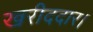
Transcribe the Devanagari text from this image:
खरीददार।